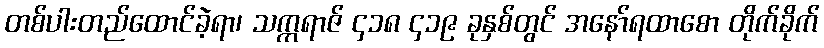
တစ်ပါးတည်ထောင်ခဲ့ရာ၊ သက္ကရာဇ် ၄၁၈ ၄၁၉ ခုနှစ်တွင် အနော်ရထာစော တိုက်ခိုက်